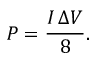
P = \frac { I \, \Delta V } { 8 } .